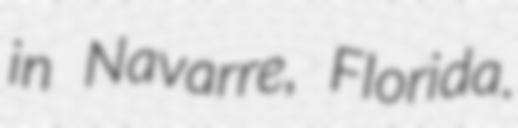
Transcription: in Navarre, Florida.